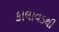
કાલાવડથી